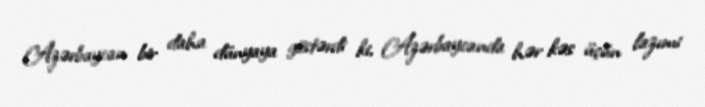
Azərbaycan bir daha dünyaya göstərdi ki, Azərbaycanda hər kəs üçün lazımi